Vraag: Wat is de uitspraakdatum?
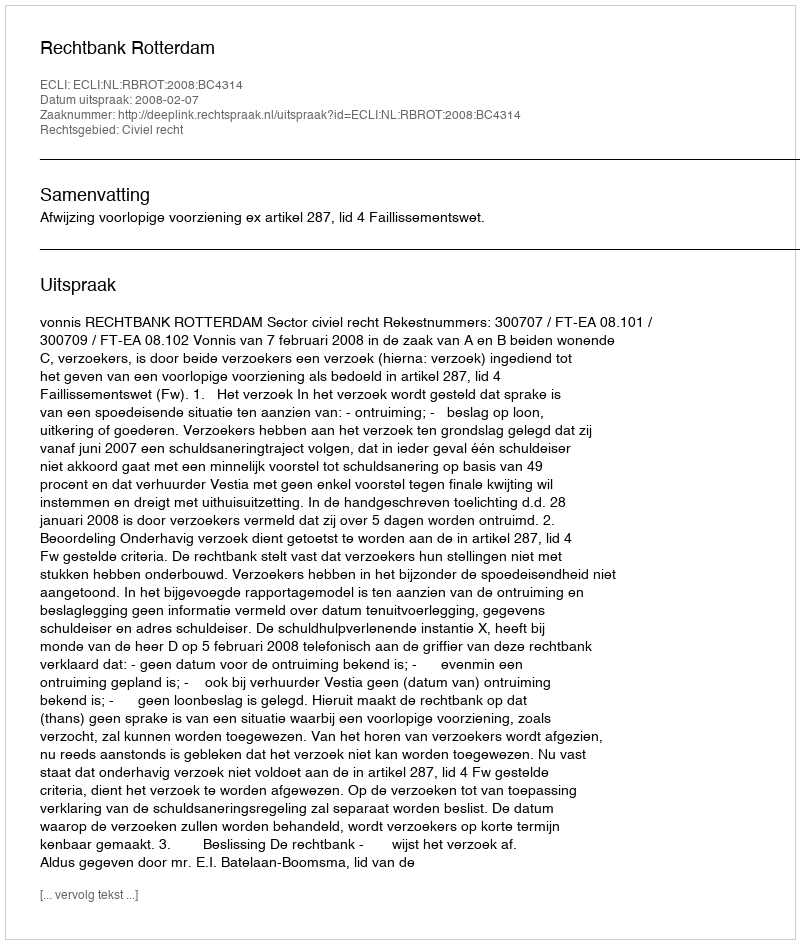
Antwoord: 2008-02-07